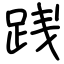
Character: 践